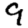
Digit: 9